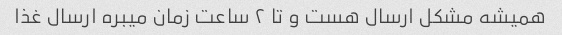
همیشه مشکل ارسال هست و تا ٢ ساعت زمان میبره ارسال غذا